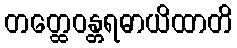
တတ္ထေဝန္တရဓာယိထာတိ